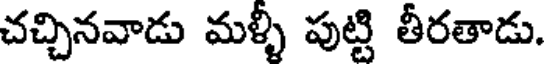
చచ్చినవాడు మళ్ళీ పుట్టి తీరతాడు.